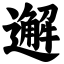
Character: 邂